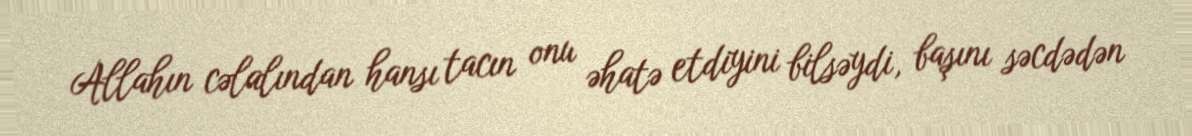
Allahın cəlalından hansı tacın onu əhatə etdiyini bilsəydi, başını səcdədən